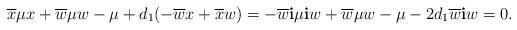
LaTeX: \begin{align*}\overline{x}\mu x+ \overline{w}\mu w-\mu+d_{1}(-\overline{w}x+\overline{x}w)=-\overline{w}{\bf i}\mu {\bf i}w+\overline{w}\mu w -\mu-2d_{1}\overline{w}{\bf i}w=0.\end{align*}